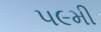
૫૯મી